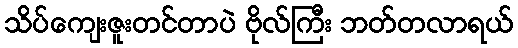
သိပ်ကျေးဇူးတင်တာပဲ ဗိုလ်ကြီး ဘတ်တလာရယ်